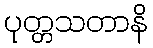
ပုတ္တသတာနိ